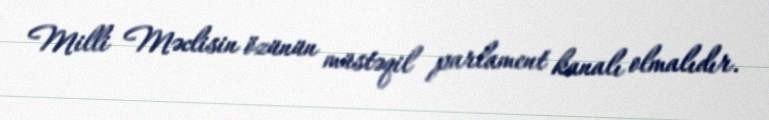
Milli Məclisin özünün müstəqil parlament kanalı olmalıdır.